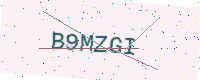
Text: B9MZGI